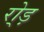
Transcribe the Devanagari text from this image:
रो्ड़